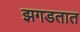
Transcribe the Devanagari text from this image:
झगडतात